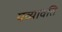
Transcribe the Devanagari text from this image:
यव्यावति